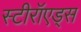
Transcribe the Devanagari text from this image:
स्टीरॉएड्स